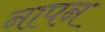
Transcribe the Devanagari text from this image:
नापन